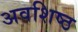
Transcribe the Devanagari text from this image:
अवशिष्ठ